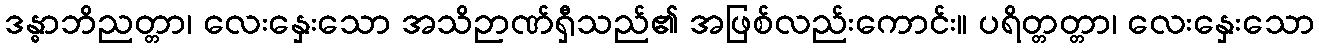
ဒန္ဓာဘိညတ္တာ၊ လေးနှေးသော အသိဉာဏ်ရှီသည်၏ အဖြစ်လည်းကောင်း။ ပရိတ္တတ္တာ၊ လေးနှေးသော